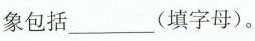
象包括___(填字母)。